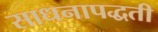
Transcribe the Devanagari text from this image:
साधनापद्धती